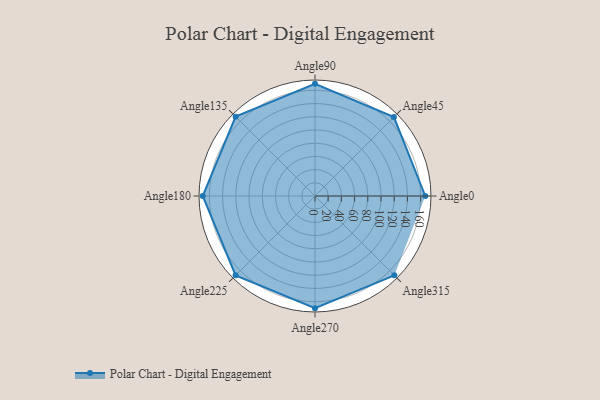
{"axis": {"x": "Angle", "y": "Radius"}, "legend": [""], "data": [{"x": "Angle0", "y": 167.0, "type": ""}, {"x": "Angle45", "y": 169.0, "type": ""}, {"x": "Angle90", "y": 170, "type": ""}, {"x": "Angle135", "y": 170, "type": ""}, {"x": "Angle180", "y": 170, "type": ""}, {"x": "Angle225", "y": 170, "type": ""}, {"x": "Angle270", "y": 170, "type": ""}, {"x": "Angle315", "y": 170, "type": ""}]}